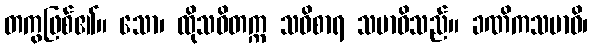
တကွဖြစ်၏။ သော၊ ထိုသဝိတက္က သဝိစာရ သမာဓိသည်။ ခဏိကသမာဓိ၊